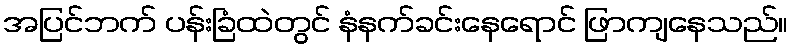
အပြင်ဘက် ပန်းခြံထဲတွင် နံနက်ခင်းနေရောင် ဖြာကျနေသည်။